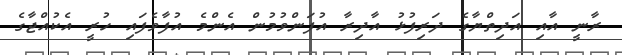
ރާނީ އާއި އަދިތްޔާގެ ދަރިފުޅު އާދިރާ އުފަންވުމުން އެންމެ އުފާވެފައި ހުރީ އެކުއްޖާގެ